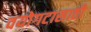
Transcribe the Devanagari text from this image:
वयोगटासाठी